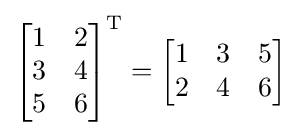
{\begin{bmatrix}1&2\\3&4\\5&6\end{bmatrix}}^{\text{T}}={\begin{bmatrix}1&3&5\\2&4&6\end{bmatrix}}